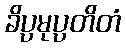
ခိပ္ပမုပ္ပတိတံ